Vaccine operations Central Provinces 1868-1885 - 1868-1885
Year: 1868
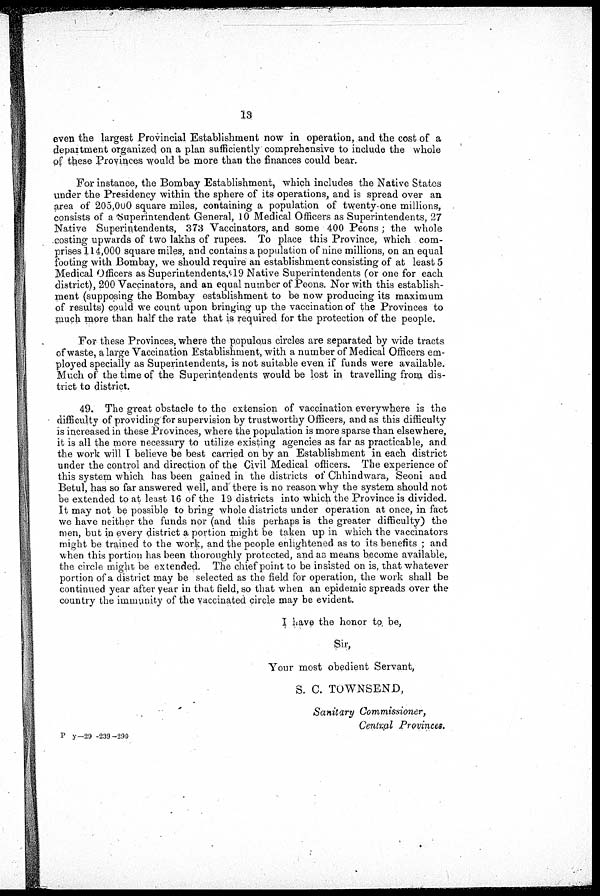
13
even the largest Provincial Establishment now in operation, and the cost of a
department organized on a plan sufficiently comprehensive to include the whole
of these Provinces would be more than the finances could bear.
For instance, the Bombay Establishment, which includes the Native States
under the Presidency within the sphere of its operations, and is spread over an
area of 205,000 square miles, containing a population of twenty-one millions,
consists of a Superintendent General, 10 Medical Officers as Superintendents, 27
Native Superintendents, 373 Vaccinators, and some 400 Peons ; the whole
costing upwards of two lakhs of rupees. To place this Province, which com-
prises 114,000 square miles, and contains a population of nine millions, on an equal
footing with Bombay, we should require an establishment consisting of at least 5
Medical Officers as Superintendents, 19 Native Superintendents (or one for each
district), 200 Vaccinators, and an equal number of Peons. Nor with this establish-
ment (supposing the Bombay establishment to be now producing its maximum
of results) could we count upon bringing up the vaccination of the Provinces to
much more than half the rate that is required for the protection of the people.
For these Provinces, where the populous circles are separated by wide tracts
of waste, a large Vaccination Establishment, with a number of Medical Officers em-
ployed specially as Superintendents, is not suitable even if funds were available.
Much of the time of the Superintendents would be lost in travelling from dis-
trict to district.
49. The great obstacle to the extension of vaccination everywhere is the
difficulty of providing for supervision by trustworthy Officers, and as this difficulty
is increased in these Provinces, where the population is more sparse than elsewhere,
it is all the more necessary to utilize existing agencies as far as practicable, and
the work will I believe be best carried on by an Establishment in each district
under the control and direction of the Civil Medical officers. The experience of
this system which has been gained in the districts of Chhindwara, Seoni and
Betul, has so far answered well, and there is no reason why the system should not
be extended to at least 16 of the 19 districts into which the Province is divided.
It may not be possible to bring whole districts under operation at once, in fact
we have neither the funds nor (and this perhaps is the greater difficulty) the
men, but in every district a portion might be taken up in which the vaccinators
might be trained to the work, and the people enlightened as to its benefits ; and
when this portion has been thoroughly protected, and as means become available,
the circle might be extended. The chief point to be insisted on is, that whatever
portion of a district may be selected as the field for operation, the work shall be
continued year after year in that field, so that when an epidemic spreads over the
country the immunity of the vaccinated circle may be evident.
I have the honor to be,
Sir,
Your most obedient Servant,
S. C. TOWNSEND,
Sanitary Commissioner,
Central Provinces.
P y-29 -239-290